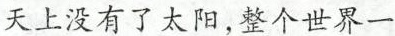
天上没有了太阳，整个世界一